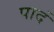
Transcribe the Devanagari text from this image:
पादं